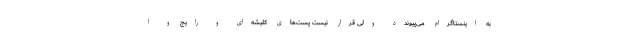
به اینستاگرام می‌پیوندد ولی قرار نیست پست‌های کلیشه‌ای و رایج و ا